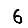
Digit: 6